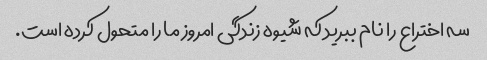
سه اختراع را نام ببرید که شیوه زندگی امروز ما را متحول کرده است.